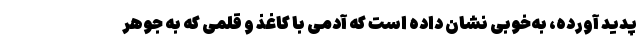
پدید آورده، به‌خوبی نشان داده است که آدمی با کاغذ و قلمی که به جوهرِ